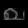
Digit: ၈